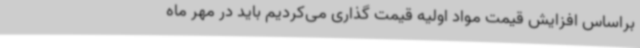
براساس افزایش قیمت مواد اولیه قیمت گذاری می‌کردیم باید در مهر ماه